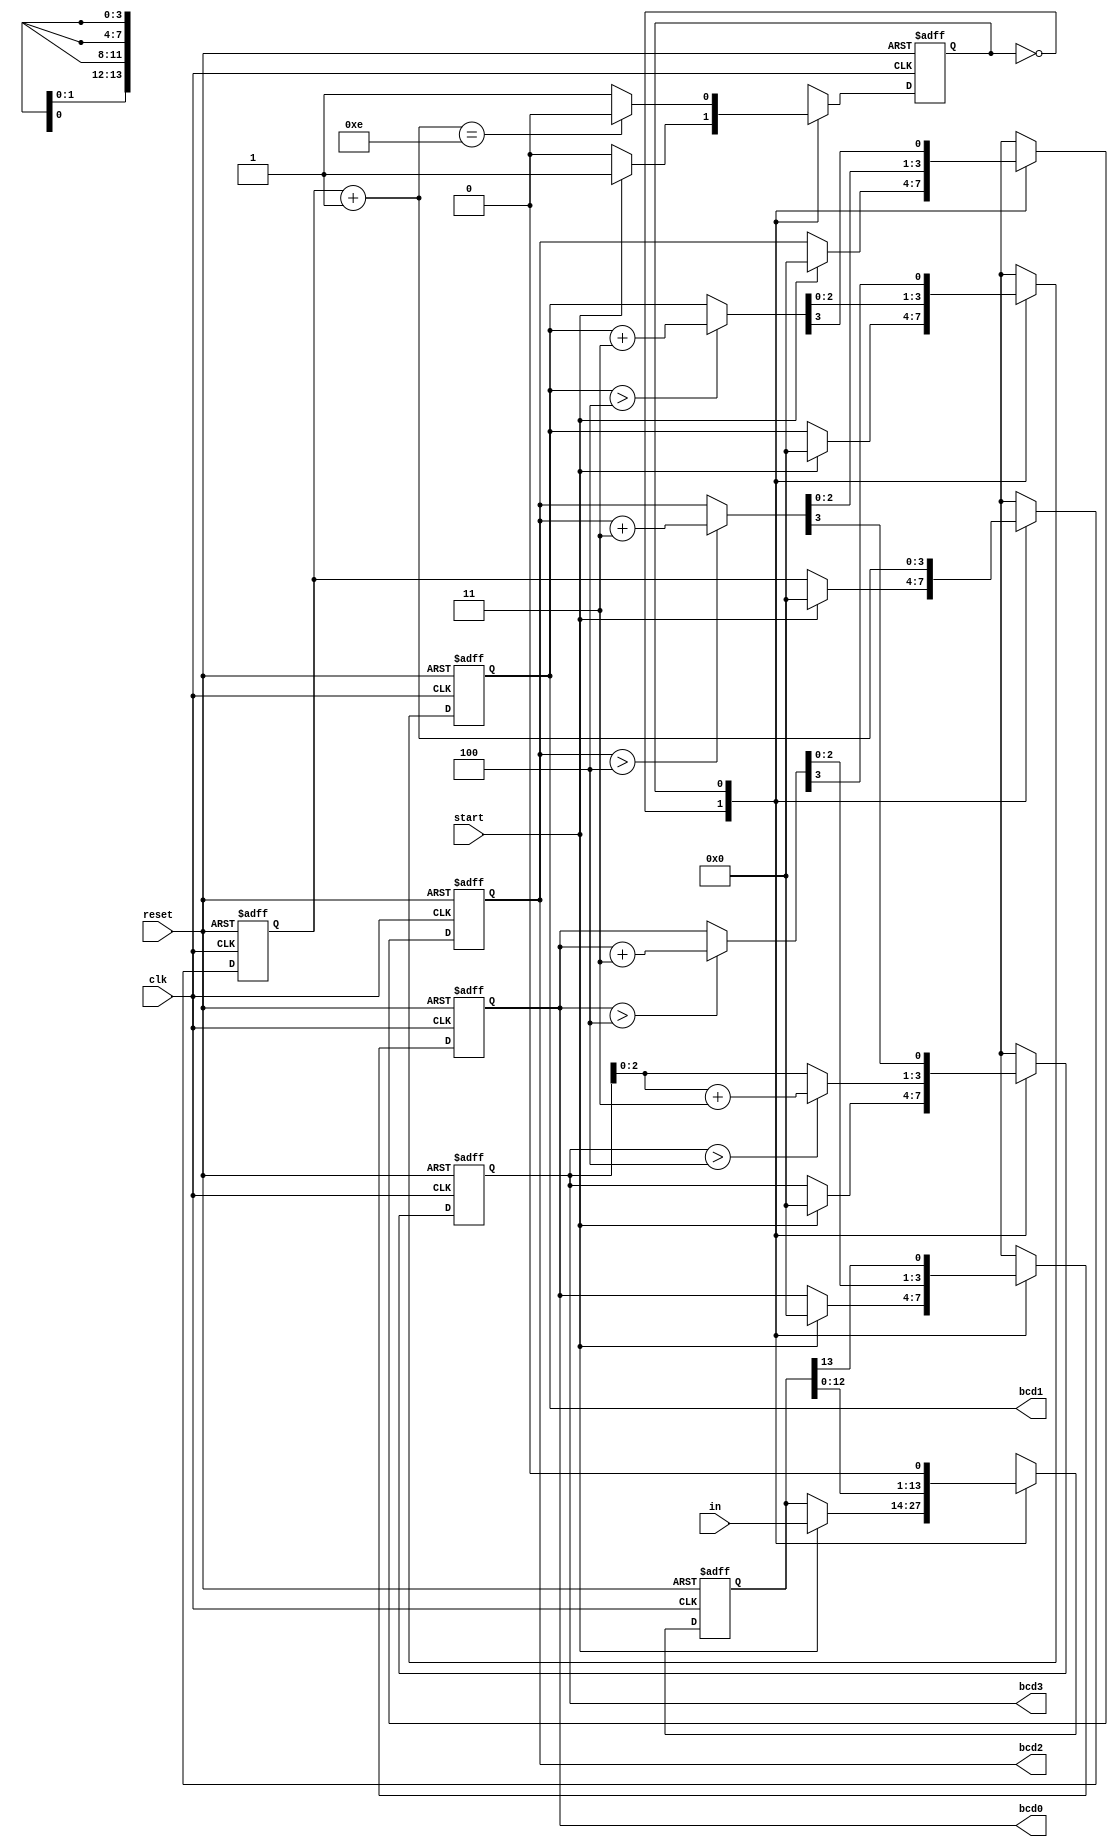
module binary2bcd
	(
		input wire clk, reset,        // clock, reset input signals for synchronous registers                
		input wire start,             // input signal to start binary to bcd conversion
		input wire [13:0] in,         // signal for binary input to convert
		output wire [3:0] bcd3, bcd2, // converted bcd signals routed out
  		                  bcd1, bcd0
	);
	
	// registers
	reg  state_reg, state_next;                                // FSM state register
	reg [13:0] input_reg, input_next;                          // reg to store in value when beginning conversion
	reg [3:0] count_reg, count_next;                           // counter reg to count number of iterations
	reg [3:0] bcd_3_reg, bcd_2_reg, bcd_1_reg, bcd_0_reg,      // regs to store bcd values,
              bcd_3_next, bcd_2_next, bcd_1_next, bcd_0_next;  // regs to store next state bcd values
    	wire [3:0] bcd_3_temp, bcd_2_temp, bcd_1_temp, bcd_0_temp; // regs to temporarily store bcd values
	
	
			  
	// FSM symbolic states
	localparam idle    = 1'b0,
		   convert = 1'b1;
			   
	// infer all the registers
	always @(posedge clk, posedge reset)
		if (reset)
			begin
			state_reg <= idle;
		    	input_reg <= 0;
		    	count_reg <= 0;
		    	bcd_3_reg <= 0;
		    	bcd_2_reg <= 0;
		    	bcd_1_reg <= 0;
		    	bcd_0_reg <= 0;
	            	end
		else
			begin
            		state_reg <= state_next;
            		input_reg <= input_next;
            		count_reg <= count_next;
            		bcd_3_reg <= bcd_3_next;
            		bcd_2_reg <= bcd_2_next;
            		bcd_1_reg <= bcd_1_next;
            		bcd_0_reg <= bcd_0_next;
			end
			
	// FSM next-state logic
	always @*
		begin
		// defaults
		state_next = state_reg;
		input_next = input_reg;
		count_next = count_reg;
		bcd_0_next = bcd_0_reg;
		bcd_1_next = bcd_1_reg;
		bcd_2_next = bcd_2_reg;
		bcd_3_next = bcd_3_reg;
		
		case (state_reg)
			
			idle:
				begin
				if (start)
					begin
                     			state_next = convert; // go to convert state
                     			bcd_0_next = 0;       // reset bcd register values
                     			bcd_1_next = 0;
                     			bcd_2_next = 0;
                     			bcd_3_next = 0;
                     			count_next = 0;       // reset iteration count register
                     			input_next = in;      // store input to input_reg
					 end
				end
				
			convert:
				begin
				
               			input_next = input_reg << 1;                     // left shift input
               			bcd_0_next = {bcd_0_temp[2:0], input_reg[13]};   // left shift in MSB of input to LSB of bcd_0
               			bcd_1_next = {bcd_1_temp[2:0], bcd_0_temp[3]};   // left shift MSB of bcd_0 into LSB of bcd_1
               			bcd_2_next = {bcd_2_temp[2:0], bcd_1_temp[3]};   // left shift MSB of bcd_1 into LSB of bcd_2
               			bcd_3_next = {bcd_3_temp[2:0], bcd_2_temp[3]};   // left shift MSB of bcd_2 into LSB of bcd_3, MSB is lost
			   
			   	// increment count reg
               			count_next = count_reg + 1;
               
			  	 // if done with algorithm go back to idle state
			  	 if (count_next== 14)
                  			 state_next = idle;
            			end
		endcase
		end
	
	// make adjustment if neccesary
	assign bcd_0_temp = (bcd_0_reg > 4) ? bcd_0_reg + 3 : bcd_0_reg;
	assign bcd_1_temp = (bcd_1_reg > 4) ? bcd_1_reg + 3 : bcd_1_reg;
	assign bcd_2_temp = (bcd_2_reg > 4) ? bcd_2_reg + 3 : bcd_2_reg;
	assign bcd_3_temp = (bcd_3_reg > 4) ? bcd_3_reg + 3 : bcd_3_reg;
	
	// output
	assign bcd0 = bcd_0_reg;
	assign bcd1 = bcd_1_reg;
	assign bcd2 = bcd_2_reg;
	assign bcd3 = bcd_3_reg;

endmodule